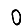
Digit: 0